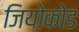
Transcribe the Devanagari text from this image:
जियोकोड